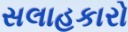
સલાહકારો